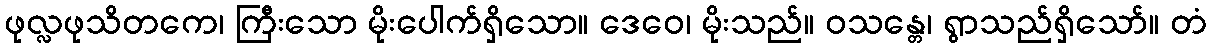
ဖုလ္လဖုသိတကေ၊ ကြီးသော မိုးပေါက်ရှိသော။ ဒေဝေ၊ မိုးသည်။ ဝသန္တေ၊ ရွာသည်ရှိသော်။ တံ